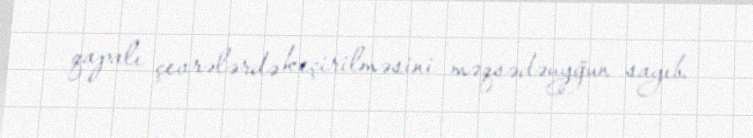
qapalı çevrələrdə keçirilməsini məqsədəuyğun sayıb.